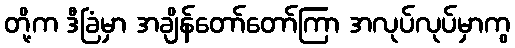
တို့က ဒီခြံမှာ အချိန်တော်တော်ကြာ အလုပ်လုပ်မှာကွ